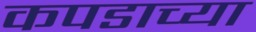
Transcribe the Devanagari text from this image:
कपडाच्या